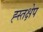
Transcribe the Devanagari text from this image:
ह्स्तक्षेप